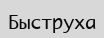
Быструха